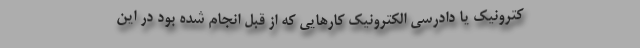
کترونیک یا دادرسی الکترونیک کار‌هایی که از قبل انجام شده بود در این